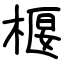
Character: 椻